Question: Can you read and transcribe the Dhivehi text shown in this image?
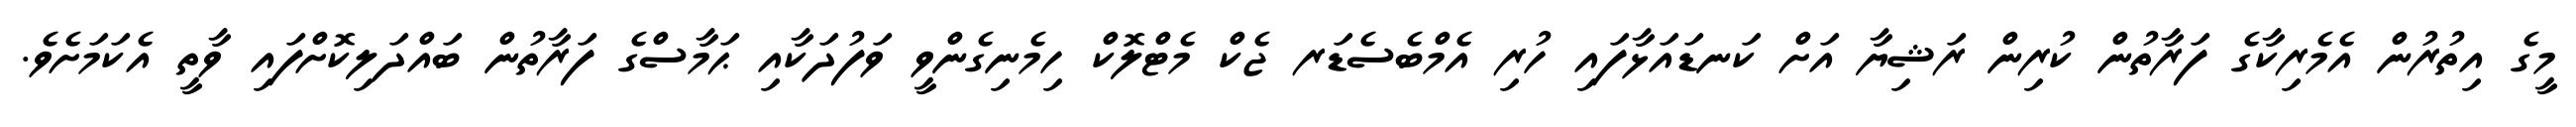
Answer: މީގެ އިތުރުން އެމެރިކާގެ ފަރާތުން ކުރިން ރަޝިޔާ އަށް ކަނޑައަޅާފައި ހުރި އެމްބެސެޑަރ ޖެކް މެޓްލޮކް ހިމެނިގެންވީ ވަފުދަކާއި ޙަމާސްގެ ފަރާތުން ބައްދަލިކޮށްފައި ވާތީ އެކަމަށެވެ.